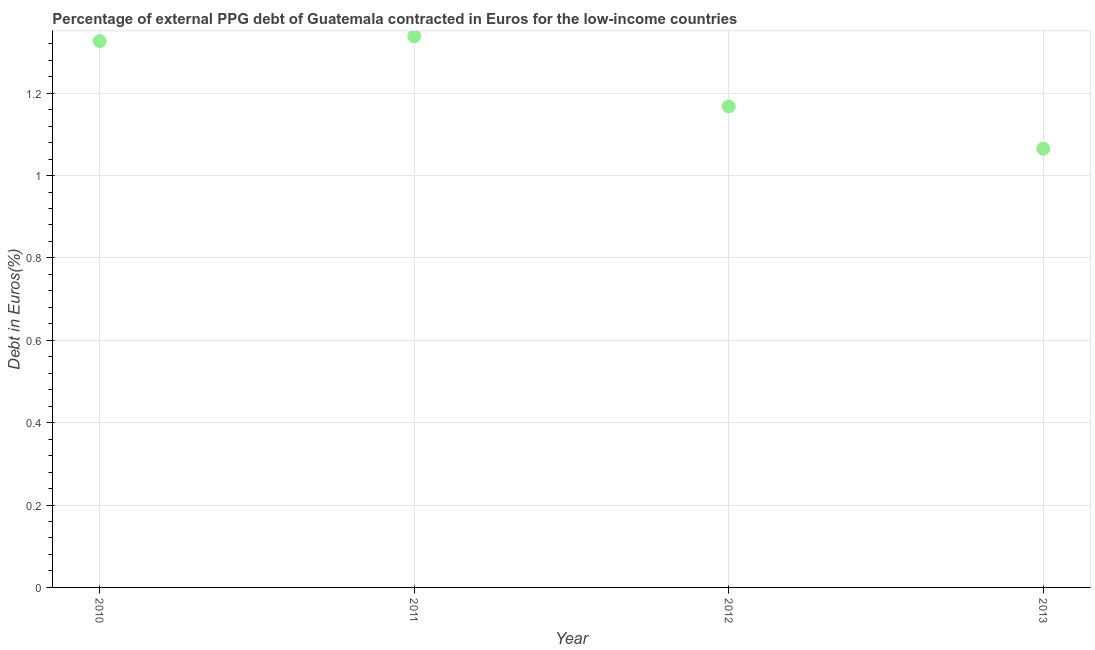
| Year | Currency composition of PPG debt |
 | --- | --- |
 | 2010 | 1.33 |
 | 2011 | 1.34 |
 | 2012 | 1.17 |
 | 2013 | 1.07 |